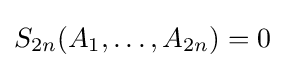
S_{2n}(A_{1},\dots ,A_{2n})=0